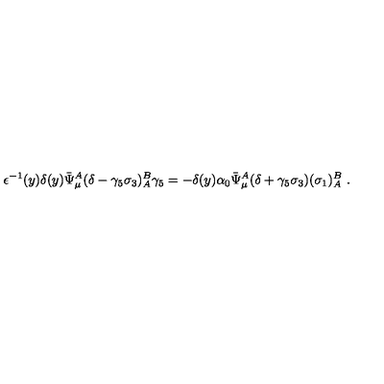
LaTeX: \epsilon ^ { - 1 } ( y ) \delta ( y ) \bar { \Psi } _ { \mu } ^ { A } ( \delta - \gamma _ { 5 } \sigma _ { 3 } ) _ { A } ^ { B } \gamma _ { 5 } = - \delta ( y ) \alpha _ { 0 } \bar { \Psi } _ { \mu } ^ { A } ( \delta + \gamma _ { 5 } \sigma _ { 3 } ) ( \sigma _ { 1 } ) _ { A } ^ { B } \ .